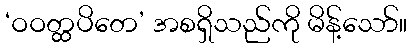
‘ဝဝတ္ထပိတေ’ အစရှိသည်ကို မိန့်သော်။